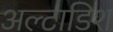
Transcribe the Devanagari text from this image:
अल्टाडिश